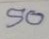
50